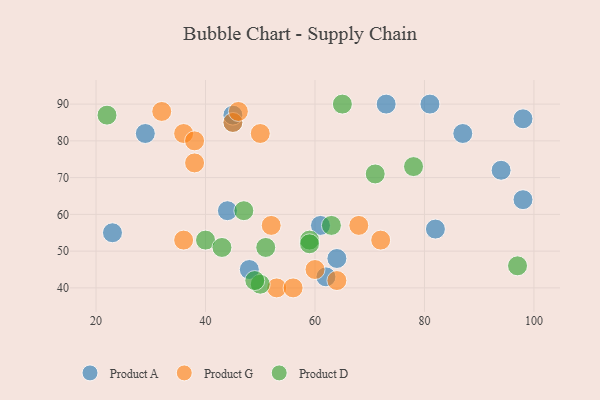
{"axis": {"x": "GDP", "y": "Life Expectancy"}, "legend": ["Product A", "Product D", "Product G"], "data": [{"x": "45", "y": 85, "type": "Product A"}, {"x": "61", "y": 57, "type": "Product A"}, {"x": "73", "y": 90, "type": "Product A"}, {"x": "98", "y": 86, "type": "Product A"}, {"x": "29", "y": 82, "type": "Product A"}, {"x": "98", "y": 64, "type": "Product A"}, {"x": "45", "y": 87, "type": "Product A"}, {"x": "94", "y": 72, "type": "Product A"}, {"x": "81", "y": 90, "type": "Product A"}, {"x": "62", "y": 43, "type": "Product A"}, {"x": "44", "y": 61, "type": "Product A"}, {"x": "64", "y": 48, "type": "Product A"}, {"x": "82", "y": 56, "type": "Product A"}, {"x": "23", "y": 55, "type": "Product A"}, {"x": "87", "y": 82, "type": "Product A"}, {"x": "48", "y": 45, "type": "Product A"}, {"x": "52", "y": 57, "type": "Product G"}, {"x": "36", "y": 82, "type": "Product G"}, {"x": "38", "y": 80, "type": "Product G"}, {"x": "50", "y": 82, "type": "Product G"}, {"x": "60", "y": 45, "type": "Product G"}, {"x": "36", "y": 53, "type": "Product G"}, {"x": "68", "y": 57, "type": "Product G"}, {"x": "64", "y": 42, "type": "Product G"}, {"x": "72", "y": 53, "type": "Product G"}, {"x": "53", "y": 40, "type": "Product G"}, {"x": "38", "y": 74, "type": "Product G"}, {"x": "56", "y": 40, "type": "Product G"}, {"x": "32", "y": 88, "type": "Product G"}, {"x": "45", "y": 85, "type": "Product G"}, {"x": "46", "y": 88, "type": "Product G"}, {"x": "65", "y": 90, "type": "Product D"}, {"x": "63", "y": 57, "type": "Product D"}, {"x": "59", "y": 53, "type": "Product D"}, {"x": "22", "y": 87, "type": "Product D"}, {"x": "40", "y": 53, "type": "Product D"}, {"x": "51", "y": 51, "type": "Product D"}, {"x": "47", "y": 61, "type": "Product D"}, {"x": "43", "y": 51, "type": "Product D"}, {"x": "71", "y": 71, "type": "Product D"}, {"x": "50", "y": 41, "type": "Product D"}, {"x": "59", "y": 52, "type": "Product D"}, {"x": "97", "y": 46, "type": "Product D"}, {"x": "78", "y": 73, "type": "Product D"}, {"x": "49", "y": 42, "type": "Product D"}]}